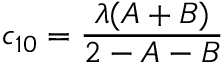
c _ { 1 0 } = \frac { \lambda ( A + B ) } { 2 - A - B }